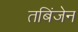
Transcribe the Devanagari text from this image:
तबिंजेन